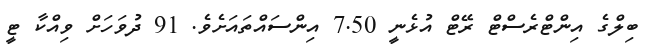
ބިލްގެ އިންޓްރެސްޓް ރޭޓް އުޅެނީ 7.50 އިންސައްތައަށެވެ. 91 ދުވަހަށް ވިއްކާ ޓީ